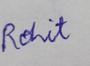
Signature authenticity: genuine